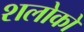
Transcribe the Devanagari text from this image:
शलोकों